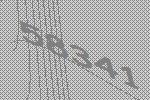
58341